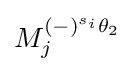
M_{j}^{(-)^{s_{i}}\theta _{2}}